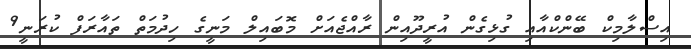
އިސްލާމިކް ބޭންކްއާއި ގުޅިގެން އުރީދޫއިން ރާއްޖެއަށް މޮބައިލް މަނީގެ ހިދުމަތް ތައާރަފް ކުރަނީ9